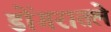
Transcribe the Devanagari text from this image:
डोंगरातले